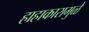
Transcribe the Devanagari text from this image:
हाहाकारामुळे